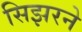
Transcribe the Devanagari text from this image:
सिझरने